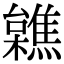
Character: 𣟼